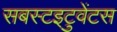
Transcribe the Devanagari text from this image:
सबस्टइटुवेंटस